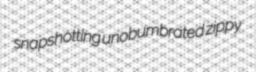
snapshotting unobumbrated zippy